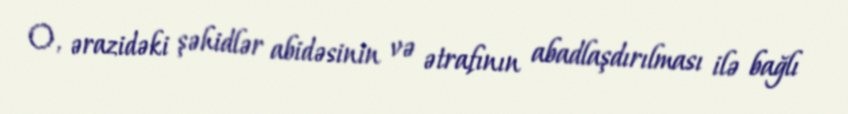
O, ərazidəki şəhidlər abidəsinin və ətrafının abadlaşdırılması ilə bağlı